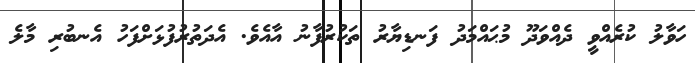
ހަވާލު ކުރެއްވީ ދެއްވަދޫ މުޙައްމަދު ފަނޑިޔާރު ތަކުރުފާނު އާއެވެ. އެދަތުރުފުޅަށްފަހު އެނބުރި މާލެ